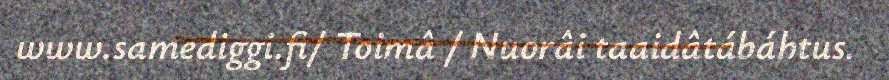
www.samediggi.fi/ Toimâ / Nuorâi taaidâtábáhtus.